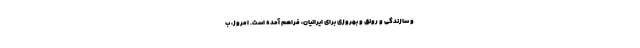
و سازندگی و رونق و بهروزی برای ایرانیان، فراهم آمده است. امروز، ب